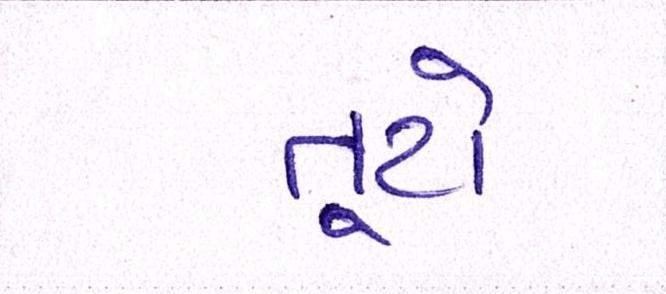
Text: તૂટો